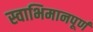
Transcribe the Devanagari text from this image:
स्वाभिमानपूर्ण